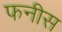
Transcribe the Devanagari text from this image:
फनीस